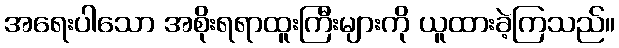
အရေးပါသော အစိုးရရာထူးကြီးများကို ယူထားခဲ့ကြသည်။